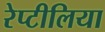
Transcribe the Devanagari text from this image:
रेप्टीलिया